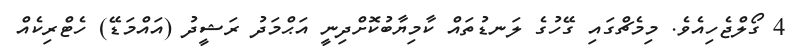
4 ގޯލްޖެހިއެވެ. މިމެޗްގައި ގޭހުގެ ލަނޑުތައް ކާމިޔާބުކޮށްދިނީ އަޙްމަދު ރަޝީދު (އައްމަޑޭ) ހެޓްރިކެއް